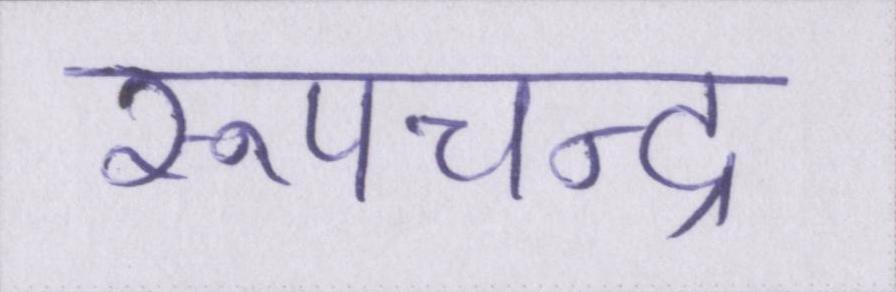
रूपचन्द्र